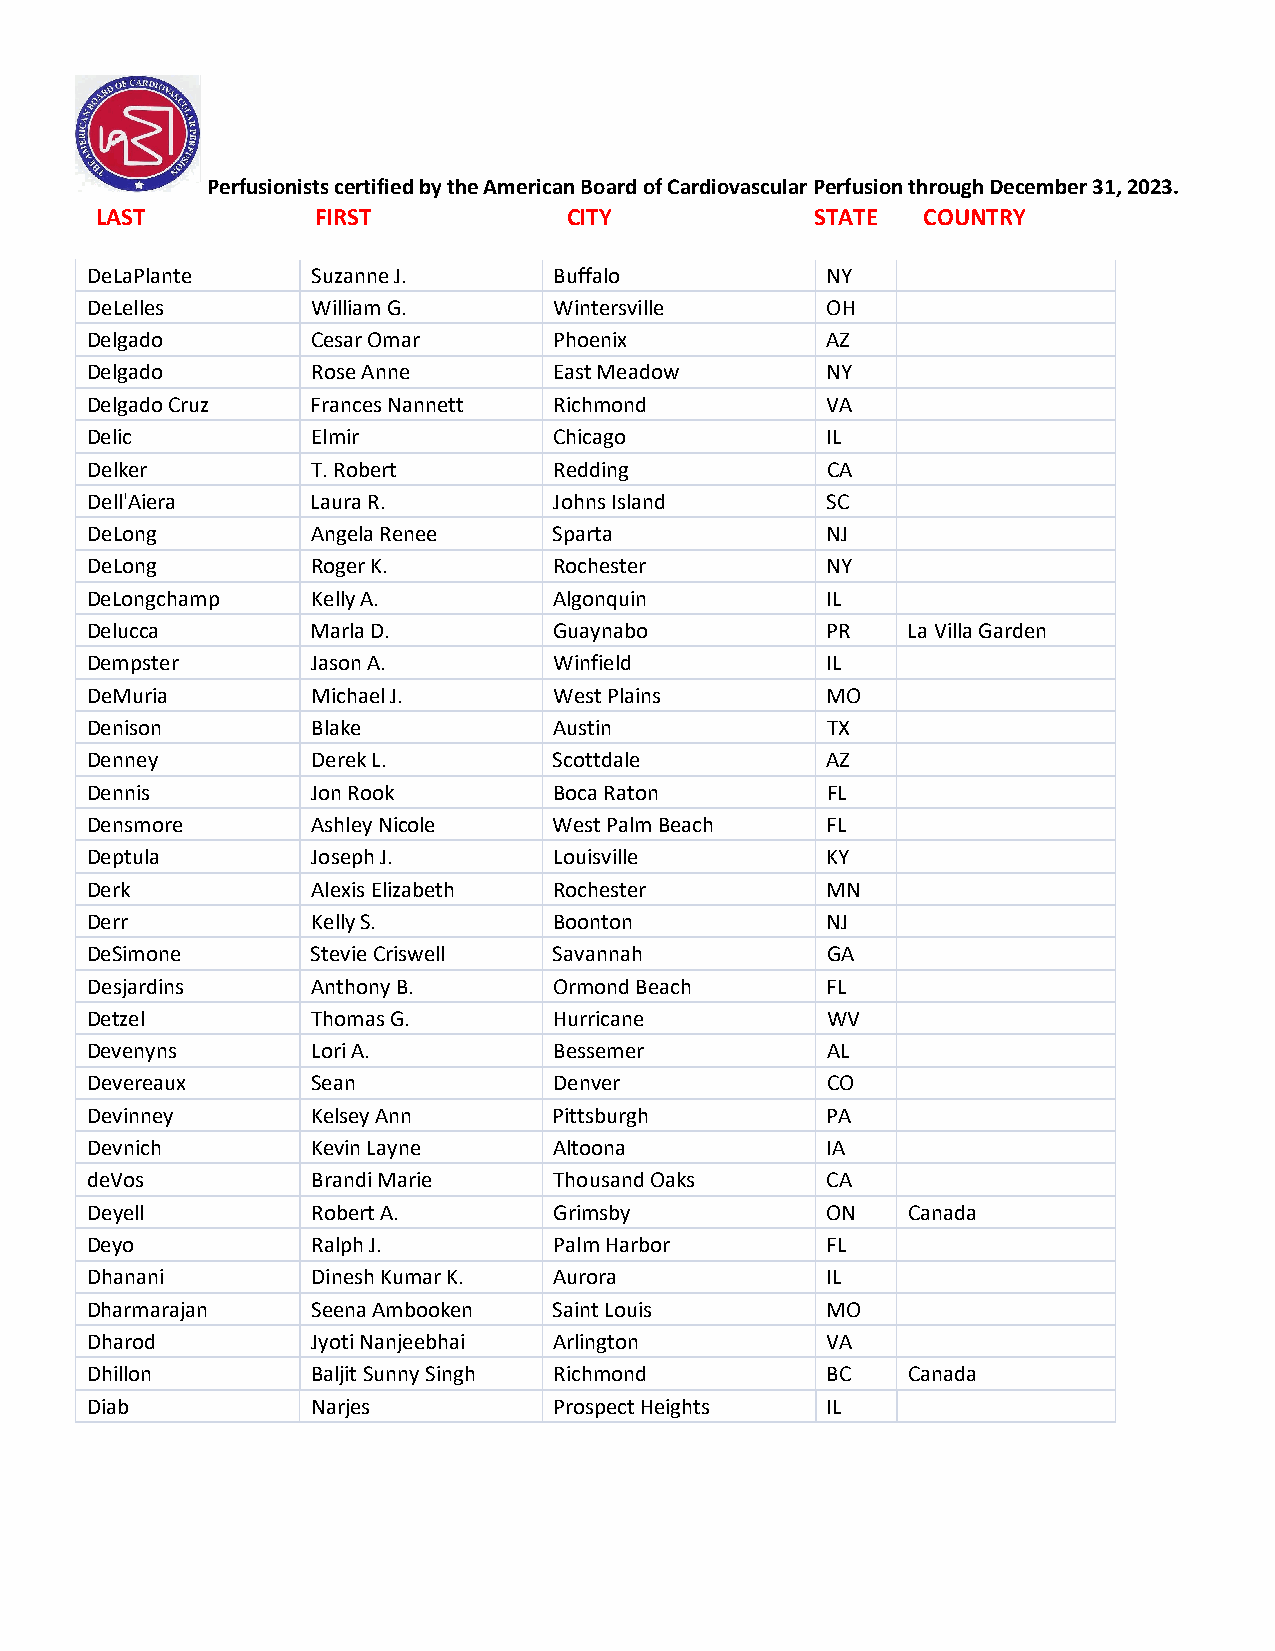
Perfusionists certified by the American Board of Cardiovascular Perfusion through December 31, 2023.
 LAST           FIRST            CITY            STATE  COUNTRY
 DeLaPlante     Suzanne J.      Buffalo           NY
 DeLelles       William G.      Wintersville      OH
 Delgado        Cesar Omar      Phoenix           AZ
 Delgado        Rose Anne       East Meadow       NY
 Delgado Cruz   Frances Nannett Richmond          VA
 Delic          Elmir           Chicago           IL
 Delker         T. Robert       Redding           CA
 Dell'Aiera     Laura R.        Johns Island      SC
 DeLong         Angela Renee    Sparta            NJ
 DeLong         Roger K.        Rochester         NY
 DeLongchamp    Kelly A.        Algonquin         IL
 Delucca        Marla D.        Guaynabo          PR   La Villa Garden
 Dempster       Jason A.        Winfield          IL
 DeMuria        Michael J.      West Plains       MO
 Denison        Blake           Austin            TX
 Denney         Derek L.        Scottdale         AZ
 Dennis         Jon Rook        Boca Raton        FL
 Densmore       Ashley Nicole   West Palm Beach   FL
 Deptula        Joseph J.       Louisville        KY
 Derk           Alexis Elizabeth Rochester        MN
 Derr           Kelly S.        Boonton           NJ
 DeSimone       Stevie Criswell Savannah          GA
 Desjardins     Anthony B.      Ormond Beach      FL
 Detzel         Thomas G.       Hurricane         WV
 Devenyns       Lori A.         Bessemer          AL
 Devereaux      Sean            Denver            CO
 Devinney       Kelsey Ann      Pittsburgh        PA
 Devnich        Kevin Layne     Altoona           IA
 deVos          Brandi Marie    Thousand Oaks     CA
 Deyell         Robert A.       Grimsby           ON   Canada
 Deyo           Ralph J.        Palm Harbor       FL
 Dhanani        Dinesh Kumar K. Aurora            IL
 Dharmarajan    Seena Ambooken  Saint Louis       MO
 Dharod         Jyoti Nanjeebhai Arlington        VA
 Dhillon        Baljit Sunny Singh Richmond       BC   Canada
 Diab           Narjes          Prospect Heights  IL